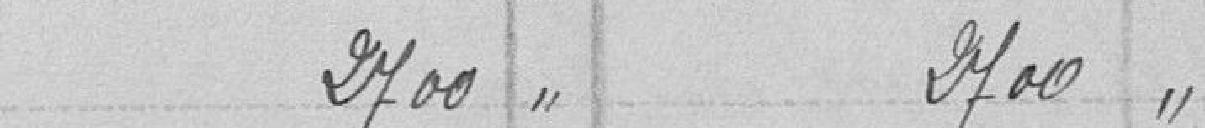
2700 " 2700 "